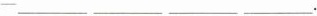
-___ ___ ___ ___ .